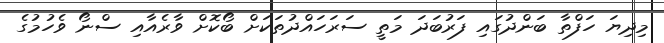
މިދިޔަ ހަފްތާ ބަންދުގައި ފަރުބަދަ މަތީ ސަރަހައްދުތަކަށް ބޯކޮށް ވާރެއާއި ސްނޯ ވެހުމުގެ